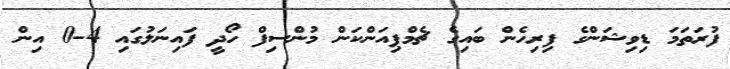
ފުރަތަމަ ޑިވިޝަންގެ ފިރިހެން ބައިގެ ޗެމްޕިއަންކަން މުންސިފް ހޯދީ ފައިނަލުގައި 4-0 އިން